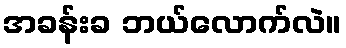
အခန်းခ ဘယ်လောက်လဲ။